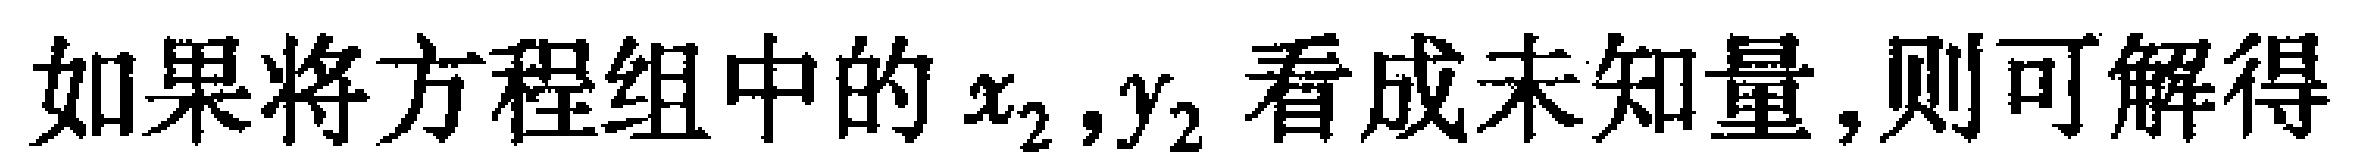
如果将方程组中的\(x_{2},y_{2}\)看成未知量,则可解得